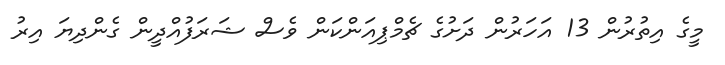
މީގެ އިތުރުން 13 އަހަރުން ދަށުގެ ޗެމްޕިއަންކަން ވެސް ޝަރަފުއްދީން ގެންދިޔަ އިރު